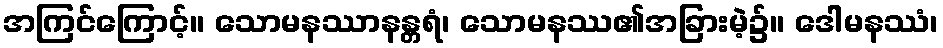
အကြင်ကြောင့်။ သောမနဿာနန္တရံ၊ သောမနဿ၏အခြားမဲ့၌။ ဒေါမနဿံ၊